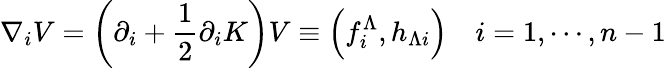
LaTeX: \nabla_{i}V=\left(\partial_{i}+{\frac{1}{2}}\partial_{i}K\right)V\equiv\left(f_{i}^{\Lambda},h_{\Lambda i}\right)\quad i=1,\cdots,n-1